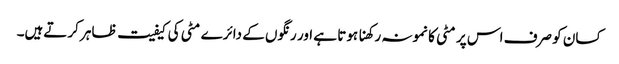
کسان کو صرف اس پر مٹی کا نمونہ رکھنا ہوتا ہے اور رنگوں کے دائرے مٹی کی کیفیت ظاہر کرتےہیں۔